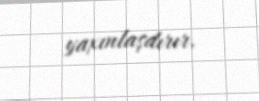
yaxınlaşdırır.